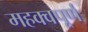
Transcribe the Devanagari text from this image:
महक्वपूर्ण